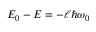
E _ { 0 } - E = - \ell \hbar \omega _ { 0 }